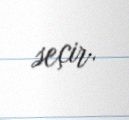
seçir.